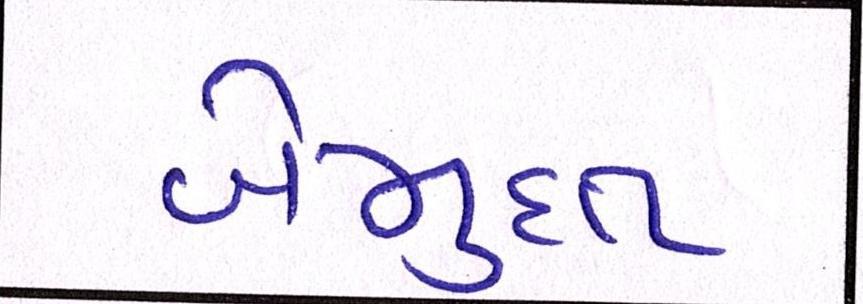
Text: બેમુદત